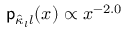
{ \mathsf p } _ { \hat { \kappa } _ { l } l } ( x ) \propto x ^ { - 2 . 0 }